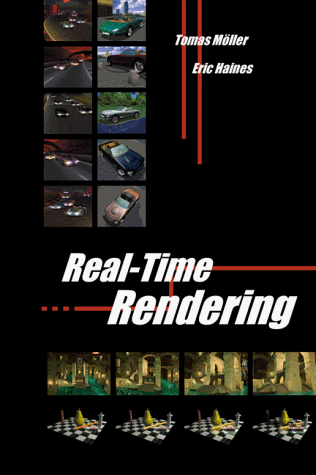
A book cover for Real-Time Rendering; Tomas Akenine-Moller; Computers & Technology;